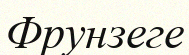
Фрунзеге